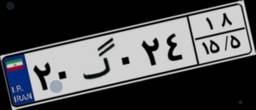
۲۰گ۰۲۴۱۸